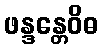
ဖန္ဒန္တေဝိဓ